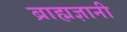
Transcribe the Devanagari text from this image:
ब्राह्मज्ञानी